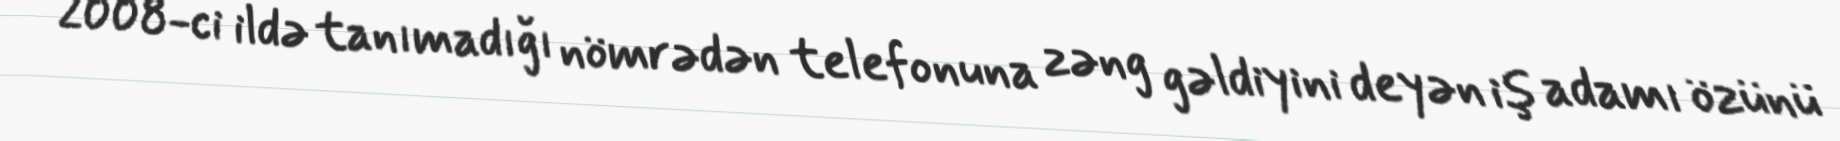
2008-ci ildə tanımadığı nömrədən telefonuna zəng gəldiyini deyən iş adamı özünü